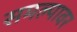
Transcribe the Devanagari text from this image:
समल्यावर